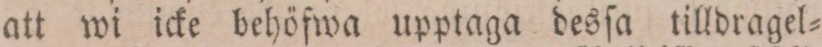
att wi icke behöfwa upptaga desſa tilldragel=